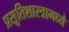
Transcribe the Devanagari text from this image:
प्रसूतिशास्त्रामध्ये